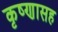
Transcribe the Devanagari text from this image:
कृष्णासह